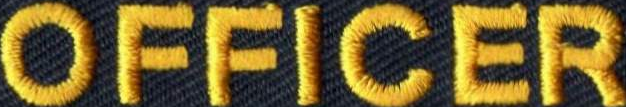
OFFICER